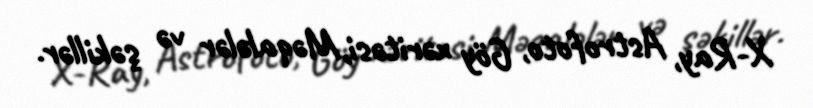
X-Ray, Astrofoto, Göy xəritəsi, Məqalələr və şəkillər.